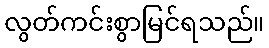
လွတ်ကင်းစွာမြင်ရသည်။